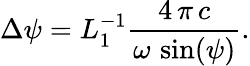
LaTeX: \Delta\psi=L_{1}^{-1}\frac{4\, \pi\, c}{\omega\, \sin(\psi)}.